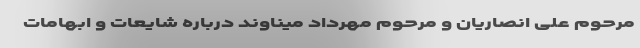
مرحوم علی انصاریان و مرحوم مهرداد میناوند درباره شایعات و ابهامات